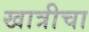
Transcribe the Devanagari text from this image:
खात्रीचा